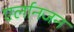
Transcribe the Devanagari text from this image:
एर्लानजन